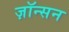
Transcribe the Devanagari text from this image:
ज़ॉन्सन